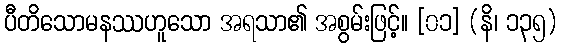
ပီတိသောမနဿဟူသော အရသာ၏ အစွမ်းဖြင့်။ [၀၁] (နိ၊ ၁၃၅)